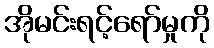
အိုမင်းရင့်ရော်မှုကို